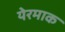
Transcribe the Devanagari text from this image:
येरमाक